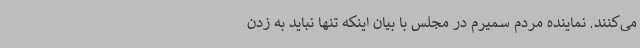
می‌کنند. نماینده مردم سمیرم در مجلس با بیان اینکه تنها نباید به زدن